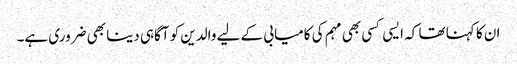
ان کا کہنا تھا کہ ایسی کسی بھی مہم کی کامیابی کے لیے والدین کو آگاہی دینا بھی ضروری ہے۔